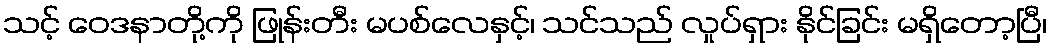
သင့် ဝေဒနာတို့ကို ဖြုန်းတီး မပစ်လေနှင့်၊ သင်သည် လှုပ်ရှား နိုင်ခြင်း မရှိတော့ပြီ၊